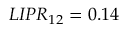
L I P R _ { 1 2 } = 0 . 1 4